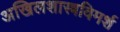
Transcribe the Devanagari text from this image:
अखिलशास्त्रविमर्श